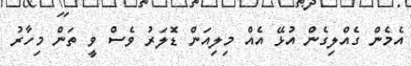
އެމެން ގެއްލިގެން އުޅޭ އެއް މިލިއަން ޑޮލަރު ވެސް ވީ ތަން މިހާރު